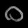
Digit: ၀